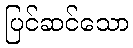
ပြင်ဆင်သော